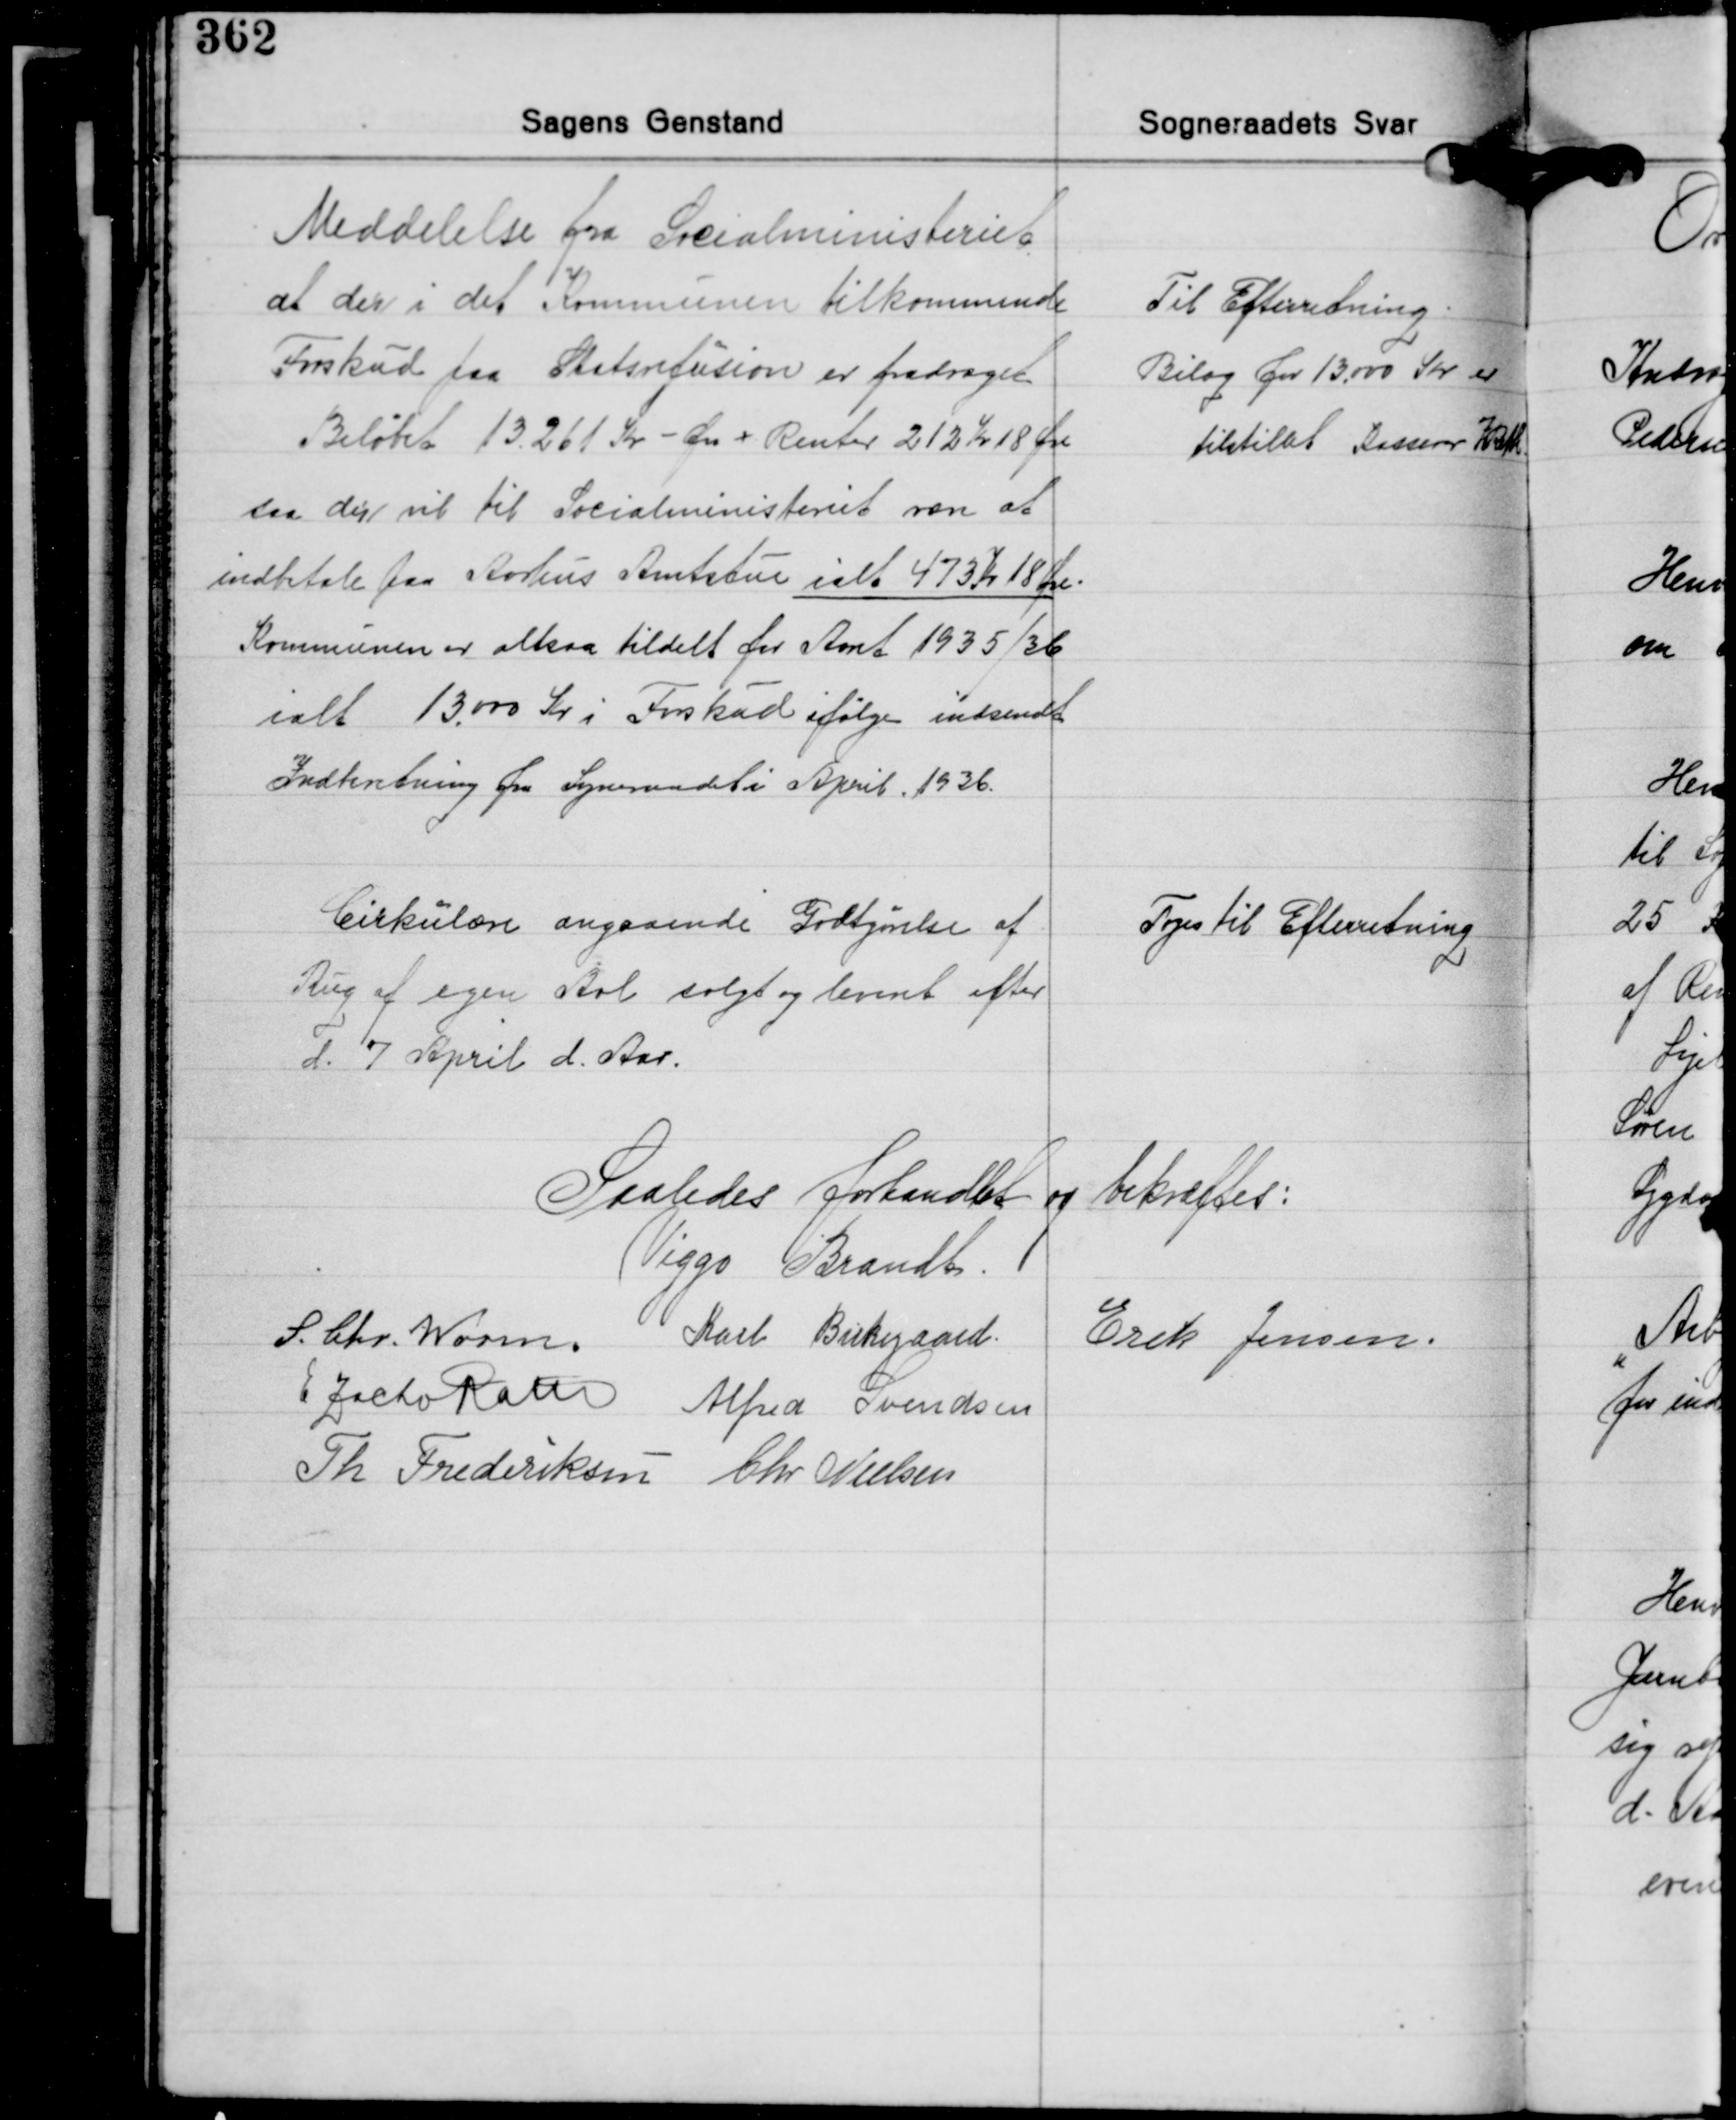
Transskription:
Meddelelse fra Socialministeriet
at der i det Kommunen tilkommende
Forskud paa Statsrefusion er fradraget
Beløbet 13.261 Kr. - Øre + Renter 212 Kr. 18 Øre
saa der vil til Socialministeriet være at
indbetale paa Aarhus Amtstue ialt 473 Kr. 18 Øre.
Kommunen er altsaa tildelt for Aaret 1935/36
ialt 13.000 Kr. i Forskud ifølge indsendt
Indberetning fra Sogneraadet i April 1936.

Til Efterretning.
Bilag for 13.000 Kr. er
tilstillet Kasserer Z. Rath.

Cirkulære angaaende Godtgørelse af
Rug af egen Avl solgt og leveret efter
d. 7 April d. Aar.

Toges til Efterretning

Saaledes forhandlet og bekræftes:
Viggo Brandt
S. Chr. Worm Karl Birkegaard
Erik Jensen
E Zacho Rath Alfred Svendsen
Th. Frederiksen Chr. Nielsen